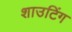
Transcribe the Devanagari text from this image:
शाउटिंग